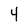
Character: 4